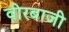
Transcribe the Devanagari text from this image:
वीरबाजी